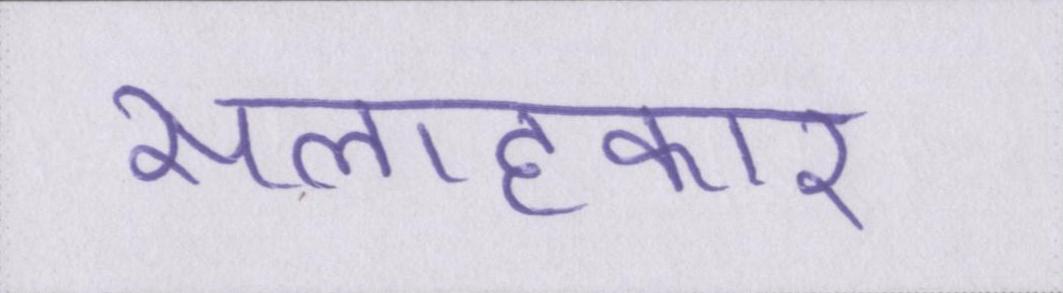
सलाहकार